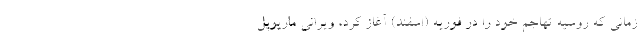
زمانی که روسیه تهاجم خود را در فوریه (اسفند) آغاز کرد، ویرانی ماریوپل